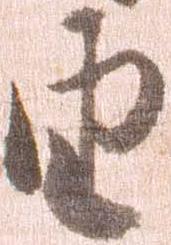
由